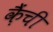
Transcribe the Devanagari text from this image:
क़ैंची